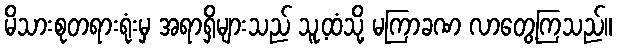
မိသားစုတရားရုံးမှ အရာရှိများသည် သူ့ထံသို့ မကြာခဏ လာတွေ့ကြသည်။